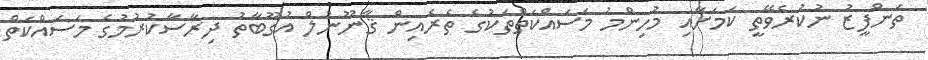
ތަންފީޒު ނުކުރެވޭތީ ކަމަށާއި މުހިންމު މަސައްކަތްތަކުގެ ތެރެއިން ޤާނޫނުލް އުގޫބާތު ދިރާސާކުރުމުގެ މަސައްކަތް